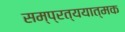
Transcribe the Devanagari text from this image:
सम्प्रत्ययात्मक